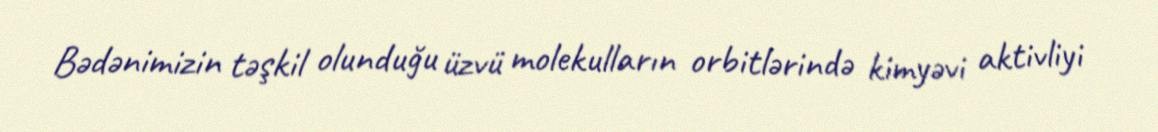
Bədənimizin təşkil olunduğu üzvü molekulların orbitlərində kimyəvi aktivliyi